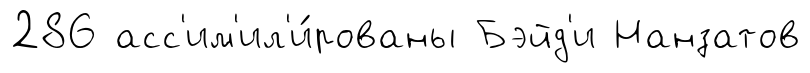
286 асс'им'ил'и́рованы Бэйд'и Нанзатов